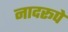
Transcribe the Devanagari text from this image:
नादरूपे